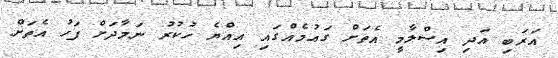
އަރަބި އަދި އިސްލާމީ އެތަށް ގައުމެއްގައި އިއްޔެ ހުކުރު ނަމާދަށް ފަހު އެތަށް